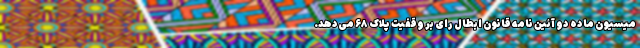
میسیون ماده دو آئین نامه قانون ابطال رای بر وقفیت پلاک ۶۸ می‌دهد.